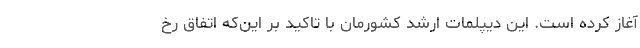
آغاز کرده است. این دیپلمات ارشد کشورمان با تاکید بر این‌که اتفاق رخ